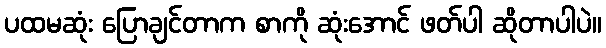
ပထမဆုံး ပြောချင်တာက စာကို ဆုံးအောင် ဖတ်ပါ ဆိုတာပါပဲ။